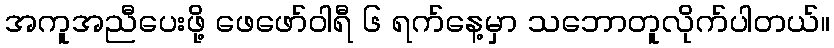
အကူအညီပေးဖို့ ဖေဖော်ဝါရီ ၆ ရက်နေ့မှာ သဘောတူလိုက်ပါတယ်။